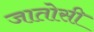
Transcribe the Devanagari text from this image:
जातोसी